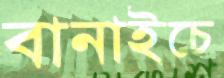
বানাইচে